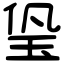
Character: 㺸